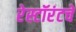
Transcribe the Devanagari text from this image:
रेस्टॉरंटचे